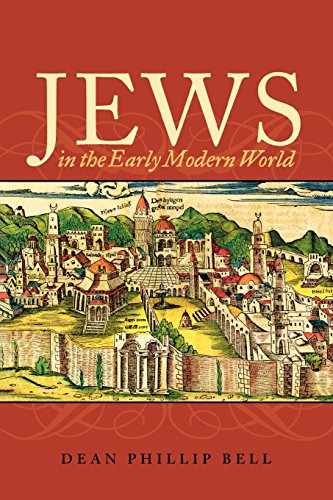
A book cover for Jews in the Early Modern World; Dean Phillip Bell; Religion & Spirituality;